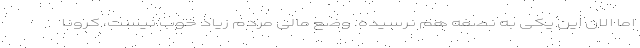
اما الان این یکی به نصفه هم نرسیده. وضع مالی مردم زیاد خوب نیست، کرونا